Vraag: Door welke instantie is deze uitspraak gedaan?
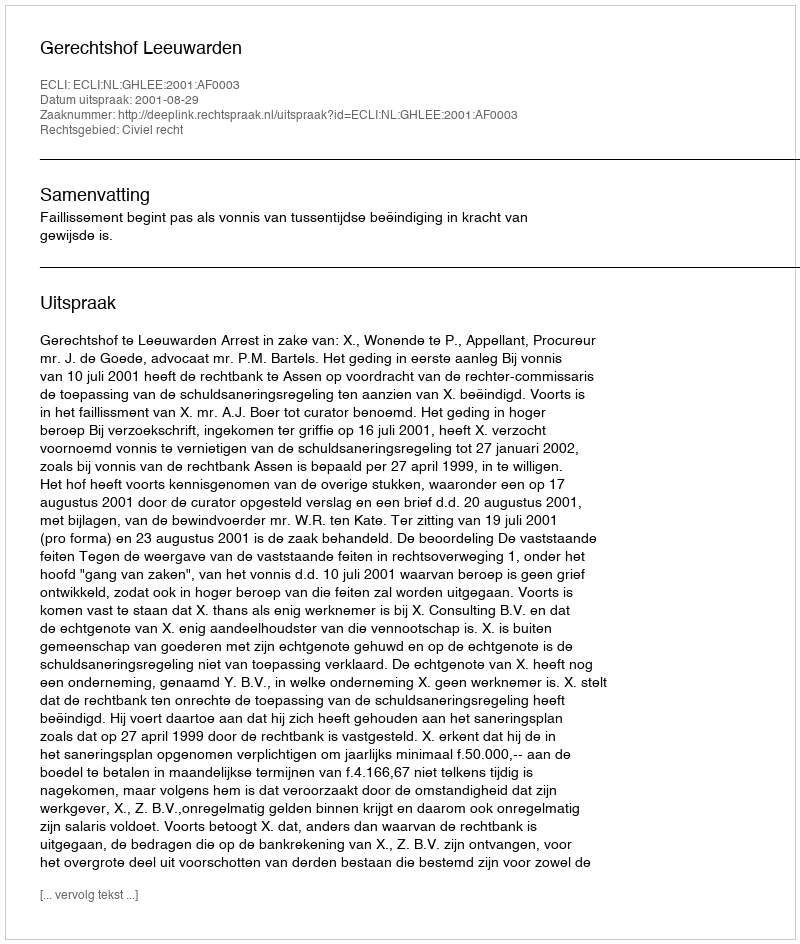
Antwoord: Gerechtshof Leeuwarden